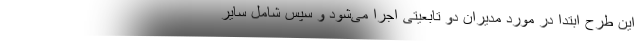
این طرح ابتدا در مورد مدیران دو تابعیتی اجرا می‌شود و سپس شامل سایر